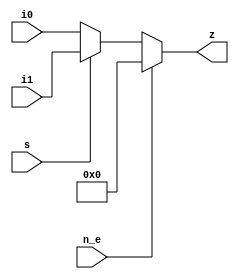
`timescale 1ns/1ns
module mux_74157(i0, i1, s, n_e, z);
    input wire [3:0] i0;
    input wire [3:0] i1;
    input wire s;
    input wire n_e;
    output wire [3:0] z;

    assign #10 z = n_e ? 4'b0 : (s ? i1 : i0);
endmodule